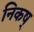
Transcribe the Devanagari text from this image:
निकष्